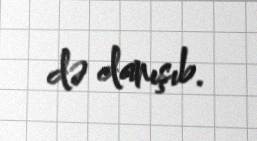
də danışıb.